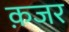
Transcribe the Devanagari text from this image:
क़जर